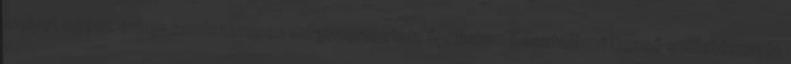
melyet egész évben rendszeresen megszerveztek, áprilisban Kosztolányi Dezső születésnapja